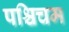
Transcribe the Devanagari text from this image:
पश्चिचम